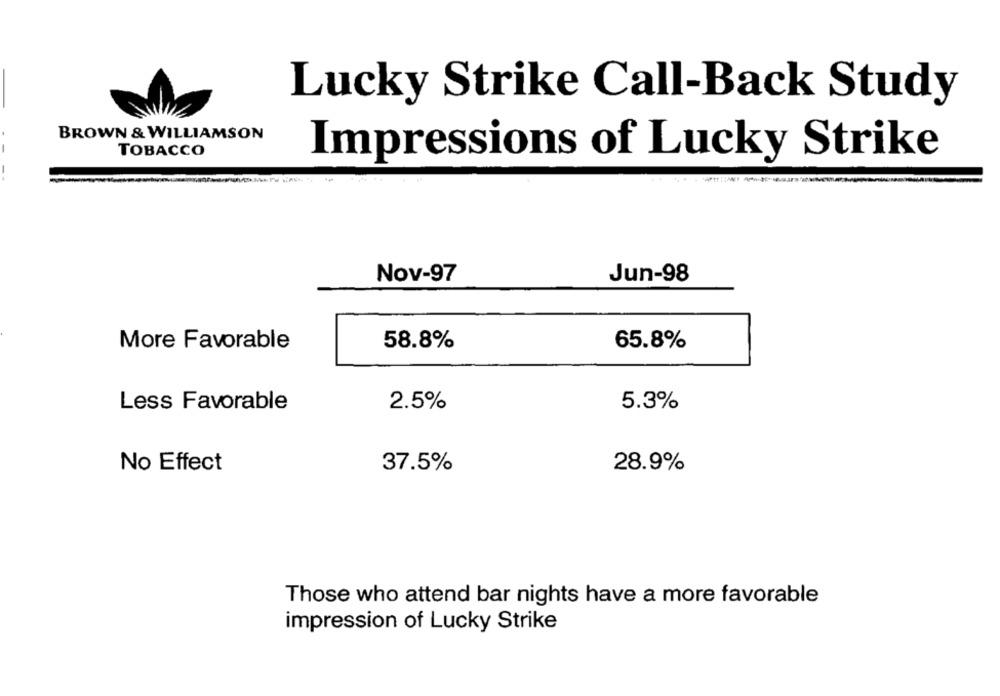
Lucky Strike Call-Back Study
BROWN & WILLIAMSON
TOBACCO
Impressions of Lucky Strike
Nov-97
Jun-98
More Favorable
58.8%
65.8%
Less Favorable
2.5%
5.3%
No Effect
28.9%
37.5%
Those who attend bar nights have a more favorable
impression of Lucky Strike